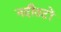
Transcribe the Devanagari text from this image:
नदीतटों